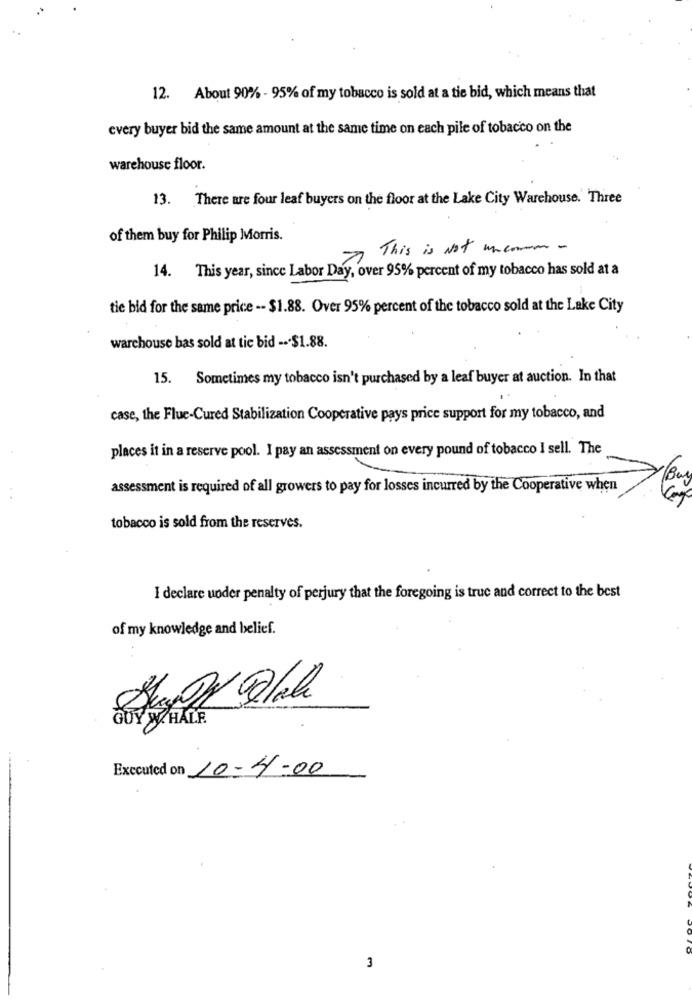
12. About 90% - 95% of my tobacco is sold at a tie bid, which means that
every buyer bid the same amount at the same time on each pile of tobacco on the
warehouse floor.
13. There are four leaf buyers on the floor at the Lake City Warehouse. Three
of them buy for Philip Morris.
This is Not uncommon -
14. This year, since Labor Day, over 95% percent of my tobacco has sold at a
tie bid for the same price -- $1.88. Over 95% percent of the tobacco sold at the Lake City
warchouse bas sold at tie bid --- $1.88.
15. Sometimes my tobacco isn't purchased by a leaf buyer at auction. In that
case, the Flue-Cured Stabilization Cooperative pays price support for my tobacco, and
places it in a reserve pool. I pay an assessment on every pound of tobacco I sell. The
(Be
assessment is required of all growers to pay for losses incurred by the Cooperative when
tobacco is sold from the reserves.
I declare under penalty of perjury that the foregoing is true and correct to the best
of my knowledge and belief.
GUY WHALE
Executed on 10-4-00